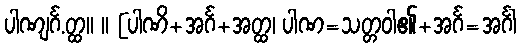
ပါဏျင်္ဂ.တ္ထ။ ။ [ပါဏိ+အင်္ဂ+အတ္ထ၊ ပါဏ=သတ္တဝါ၏+အင်္ဂ=အင်္ဂါ